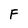
Character: F